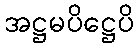
အဋ္ဌမပိဋ္ဌေပိ